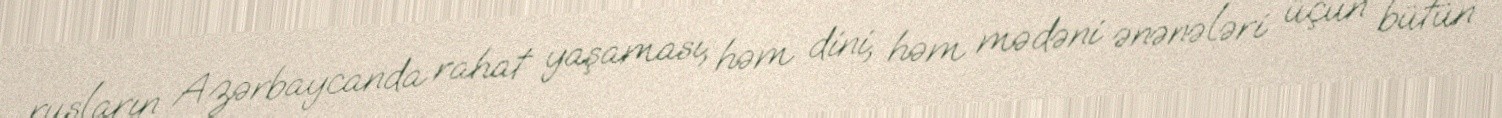
rusların Azərbaycanda rahat yaşaması, həm dini, həm mədəni ənənələri üçün bütün